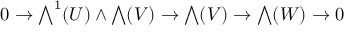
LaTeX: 0 \to { \textstyle \bigwedge } ^ { 1 } ( U ) \wedge { \textstyle \bigwedge } ( V ) \to { \textstyle \bigwedge } ( V ) \to { \textstyle \bigwedge } ( W ) \to 0